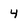
Character: 4